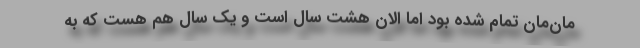
مان‌مان تمام‌ شده‌ بود اما الان هشت سال است و یک سال هم هست که به